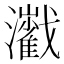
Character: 𤄔